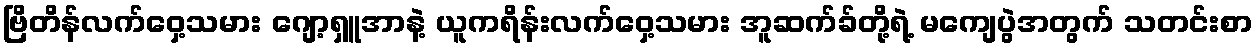
ဗြိတိန်လက်ဝှေ့သမား ဂျော့ရှူအာနဲ့ ယူကရိန်းလက်ဝှေ့သမား အူဆက်ခ်တို့ရဲ့ မကျေပွဲအတွက် သတင်းစာ